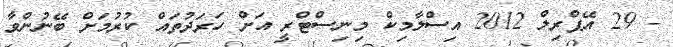
- 29 އޭޕްރިލް 2012 އިސްލާމިކް މިނިސްޓްރީ އަށް ހަރަދުތައް ކުރުމަށް ބޭނުންވާ